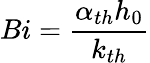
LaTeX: Bi=\frac{\alpha_{th}h_{0}}{k_{th}}